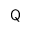
\sf { Q }